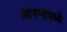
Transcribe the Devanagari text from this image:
अत्‍पन्‍नामध्‍ये